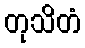
တုသိတံ